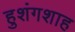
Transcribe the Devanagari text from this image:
हुशंगशाह